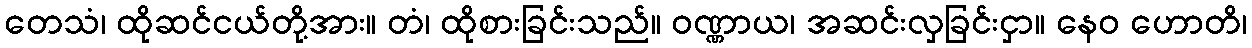
တေသံ၊ ထိုဆင်ငယ်တို့အား။ တံ၊ ထိုစားခြင်းသည်။ ဝဏ္ဏာယ၊ အဆင်းလှခြင်းငှာ။ နေဝ ဟောတိ၊